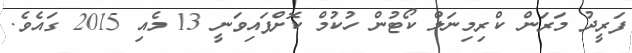
ފަރީދު މަރަން ކްރިމިނަލް ކޯޓުން ހުކުމް ކޮށްފައިވަނީ 13 މެއި 2015 ގައެވެ.